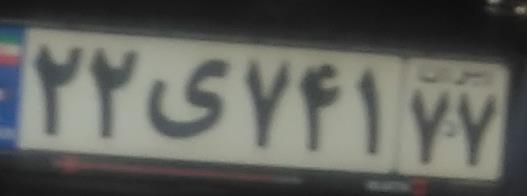
۲۲ی۷۴۱۷۷